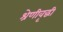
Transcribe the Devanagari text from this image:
श्रेणीवृद्धी